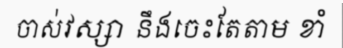
ចាស់វស្សា នឹងចេះតែតាម ខាំ